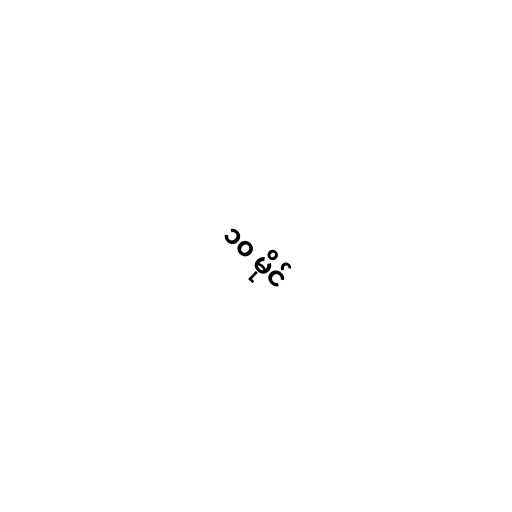
၁၀ မိုင်